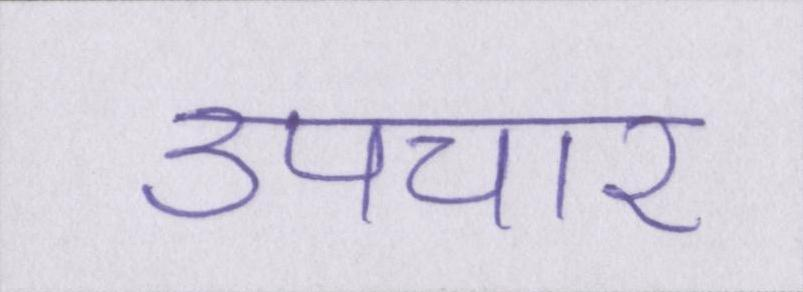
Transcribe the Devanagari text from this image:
उपचार